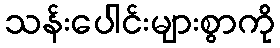
သန်းပေါင်းများစွာကို